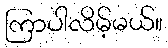
ကြာပါလိမ့်မယ်။